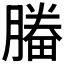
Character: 𣎒